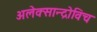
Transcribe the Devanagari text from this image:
अलेक्सान्द्रोविच